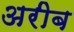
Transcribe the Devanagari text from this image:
अरीब